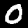
Label: 0